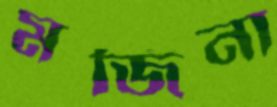
মর্জিনা